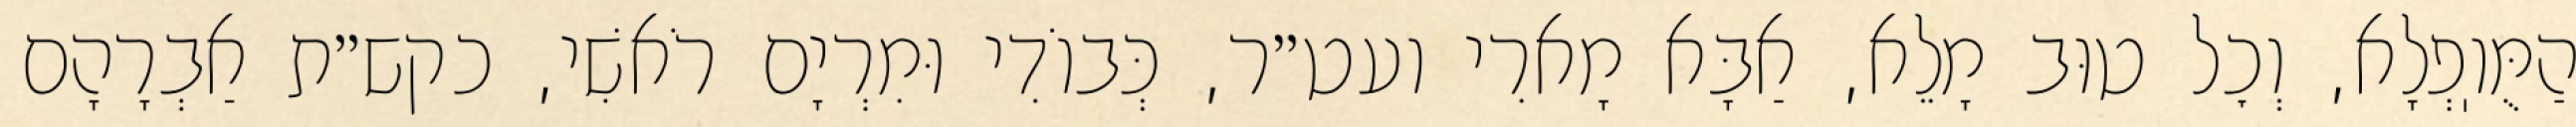
הַמֻּוֽפְלָא, וְכׇל טוּב מָלֵא, אַבָּא מָארִי ועט״ר, כְּבוֹדִי וּמִרְיָם רֹאשִׁי, כקש״ת אַבְרָהָם